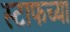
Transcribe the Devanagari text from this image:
स्टाफच्या